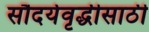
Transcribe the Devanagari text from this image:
सौदर्यवृद्धीसाठी